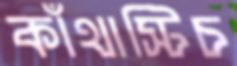
কাঁথাস্টিচ